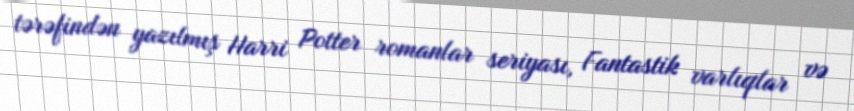
tərəfindən yazılmış Harri Potter romanlar seriyası, Fantastik varlıqlar və